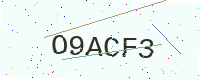
Text: O9ACF3